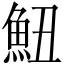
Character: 𱆧